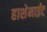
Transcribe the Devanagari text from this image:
हाशेमाईट